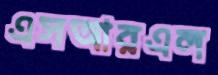
এসআরএল